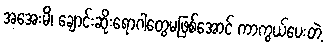
အအေးမိ၊ ချောင်းဆိုးရောဂါတွေမဖြစ်အောင် ကာကွယ်ပေးတဲ့